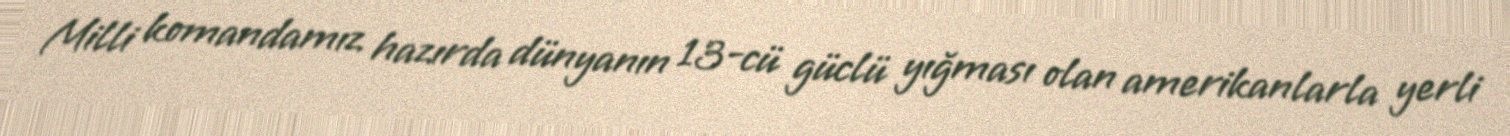
Milli komandamız hazırda dünyanın 13-cü güclü yığması olan amerikanlarla yerli